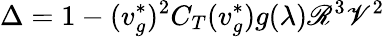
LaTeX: \Delta=1-(v_{g}^{\ast})^{2}C_{T}(v_{g}^{\ast})g(\lambda)\mathscr{R}^{3}\mathscr{V}^{2}